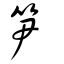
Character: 笋